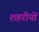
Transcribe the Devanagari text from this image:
शहरीयों